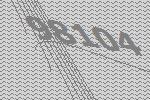
98104